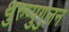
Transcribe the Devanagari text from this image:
थुरुप्पुगुलन